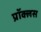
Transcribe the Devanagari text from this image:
प्रॉक्लस